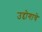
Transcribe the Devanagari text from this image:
उद्दोगाचे